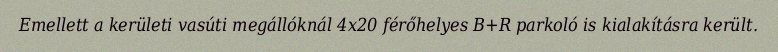
Emellett a kerületi vasúti megállóknál 4x20 férőhelyes B+R parkoló is kialakításra került.